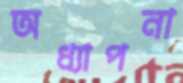
অধ্যাপনা